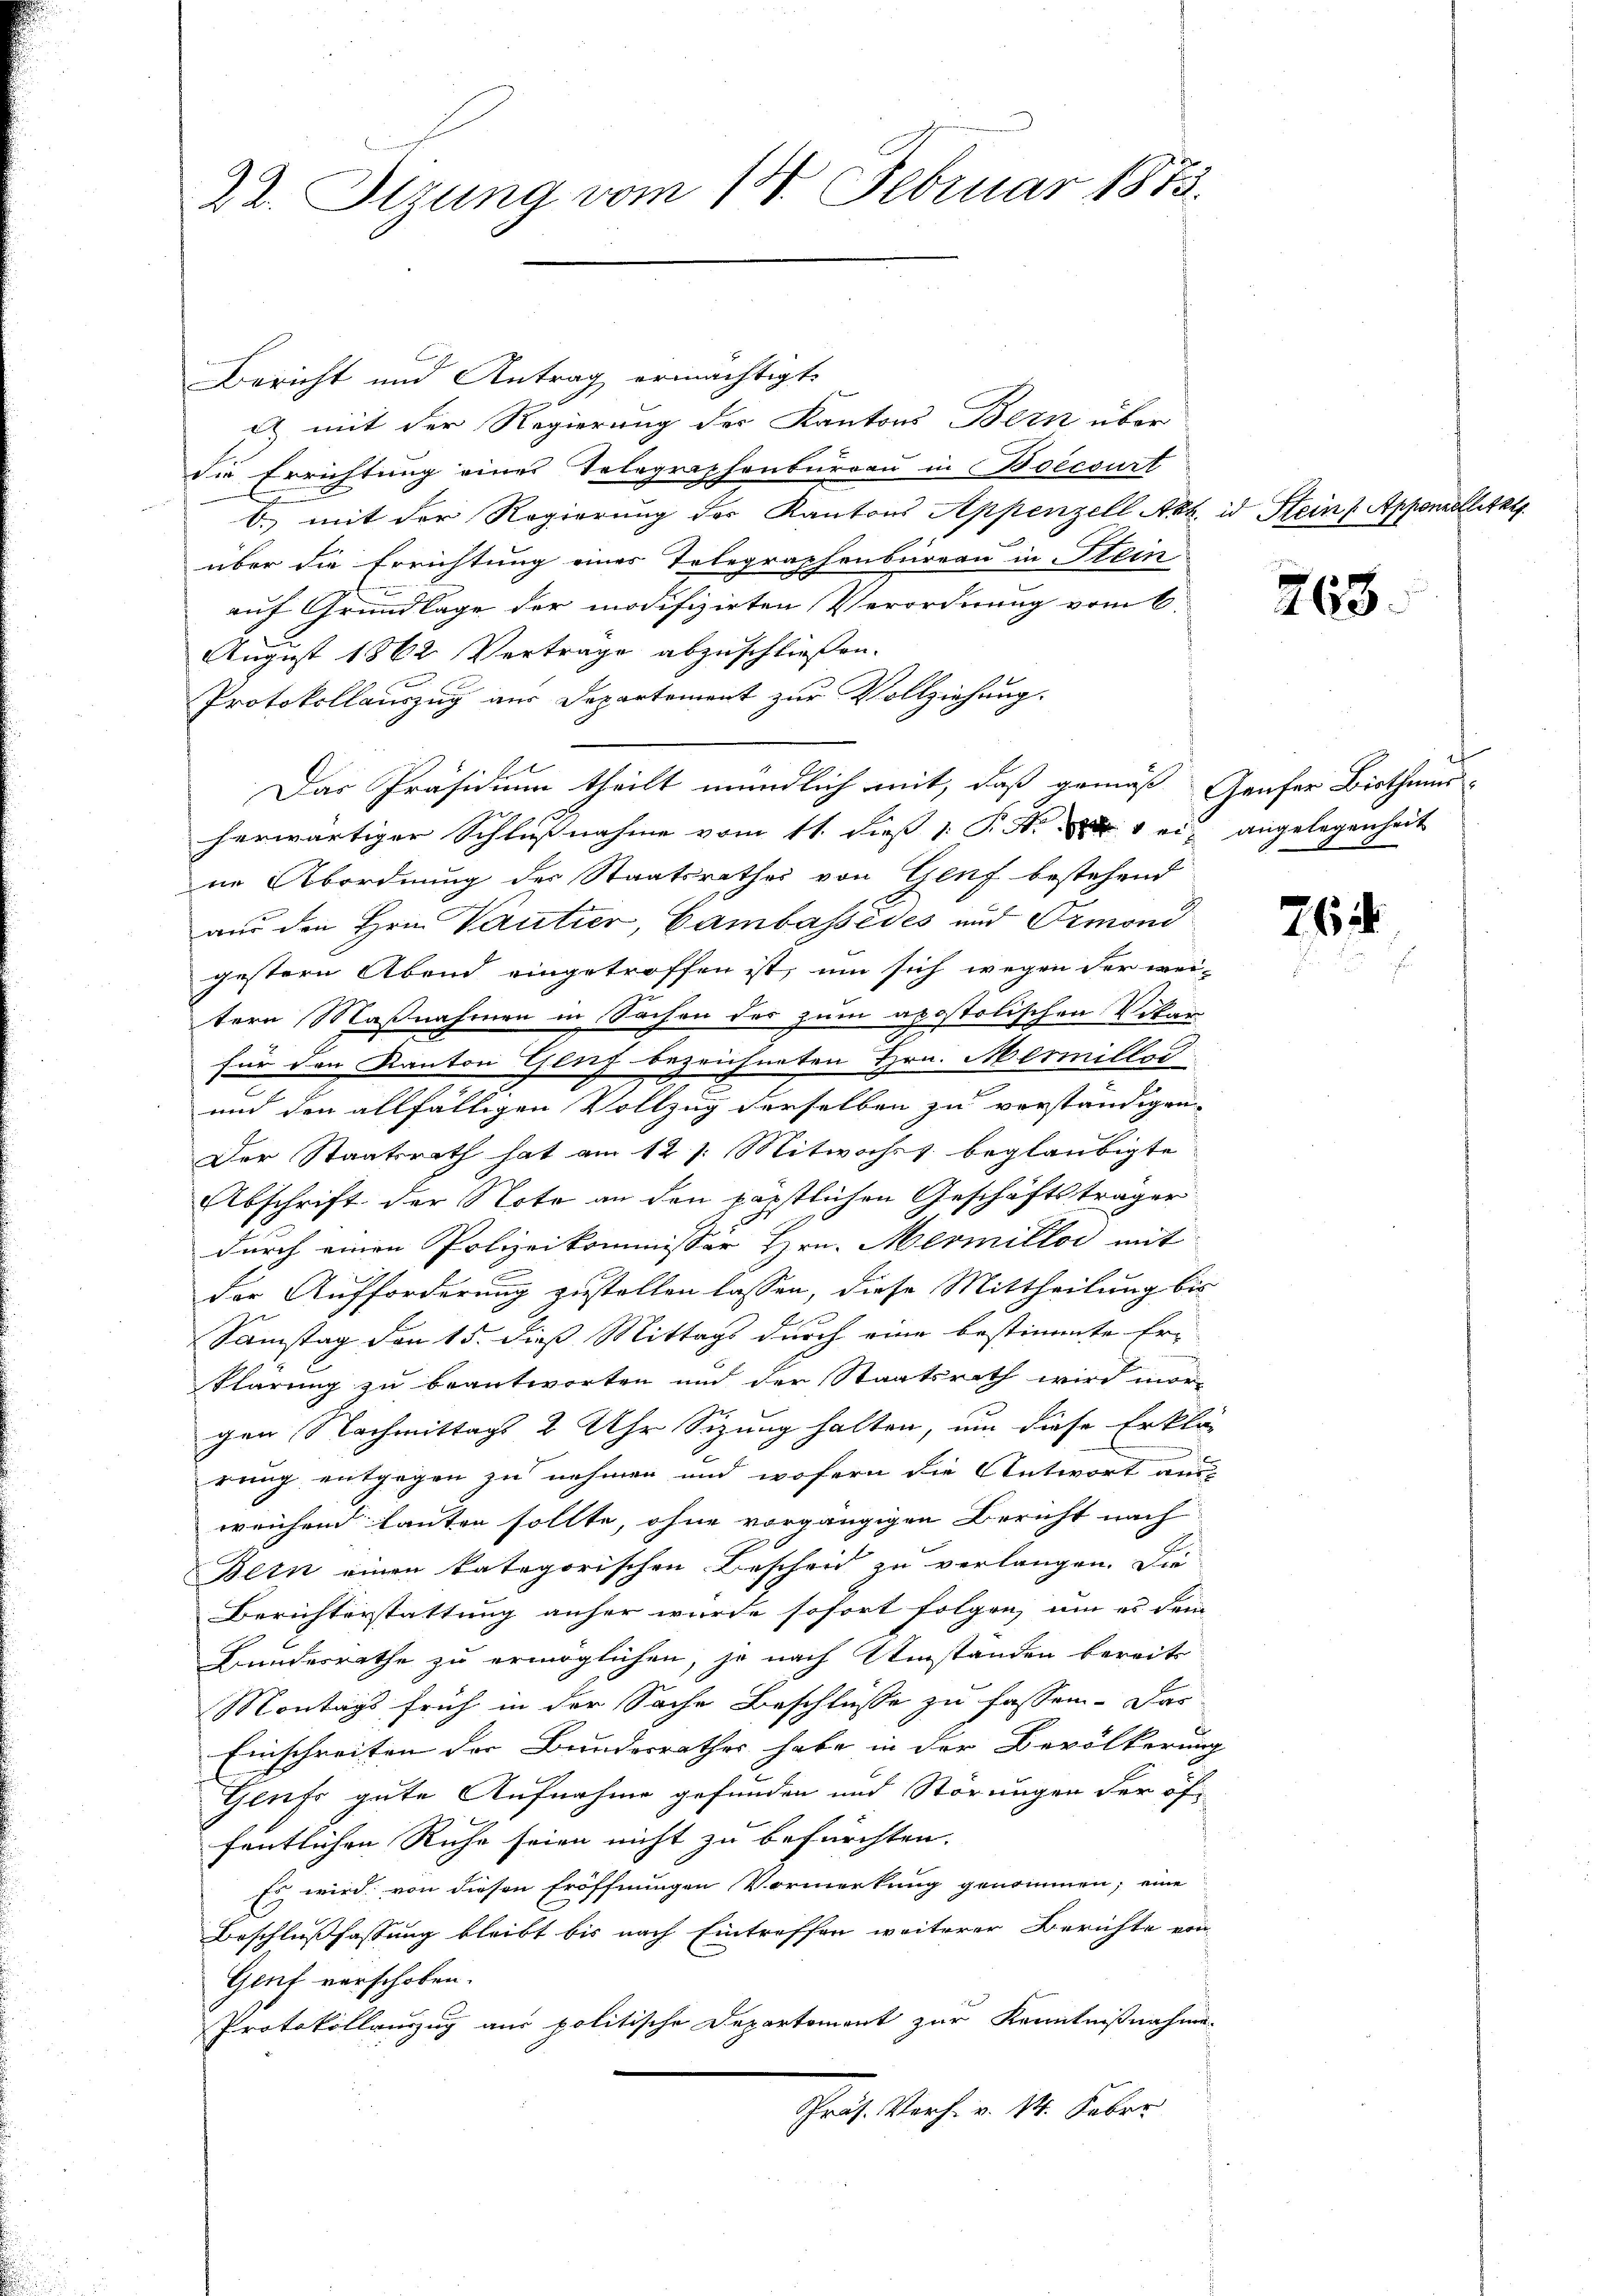
22. Sizung vom 14. Februar 1873.

Bericht und Antrag ermächtigt,
fl mit der Regierung der Kantons Bern über
die Errichtung eines Telegraphenbureau in Boecourt
b. mit der Regierung der Kantons Appenzell Akt, id Stein Appenzelletzt
über die Errichtung eines Telegraphenbureau in Stein
auf Grundlage der modifizirten Verordnung vom 6.
August 1862 Vertrage abzuschließen.
Protokollauszug aus Departement zur Vollziehung.
Das Präsidium theilt mündlich mit, daß gemäß Genfer Bisthaus
herwärtiger Schlußnahme vom 11. dieß P. M. ein angelegenheit
ne Abordnung der Staatsrathes von Genf bestehend
aus den Hrn. Vantier, Cambassédés und Ormond
gestern Abend eingetroffen ist, um sich wegen der wei-
tern Maßnahmen in Sachen des zum apostolischen Vikar
für den Kanton Genf bezeichneten Hrn. Mermiller
und den allfälligen Vollzug derselben zu verständigen
Der Staatsrath hat am 12 /: Mitwoches beglaubigte
Abschrift der Note an den päpstlichen Geschäftsträger
durch einen Polizeikommissor Hrn. Mermillos mit
b
der Aufforderung zustellen lassen, diese Mittheilung bis
Samstag den 15. dieß Mittags durch eine bestimmte Er-
klärung zu beantworten und der Staatsrath wird mor-
gen Nachmittags 2 Uhr Sizung halten, um diese Erklär
rung entgegen zu nehmen und wofern die Antwort aus
weichend lauten sollte, ohne vorgängigen Bericht nach
Betn einen kategorischen Bescheid zu verlangen. Die
Berichterstattung anher wurde sofort folgen, um es dem
Bundesrathe zu ermöglichen, je nach Umstanden bereits
Montags früh in der Sache Beschlüsse zu fassen. Das
Einschreiten der Bunderrathes habe in der Bevölkerung
Genf gute Aufnahme gefunden und Störungen der öffentlichen Ruhe seien nicht zu befürchten.
Es wird von diesen Eröffnungen Vormerkung genommen; eine
Beschlußfassung bleibt bis nach Eintreffen weiterer Berichte von
Genf verschoben.
Protokollauszug aus politische Departement zur Kenntnißnahme
Chris. Vorhi v. 14. Feber

768.

76.